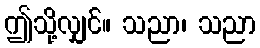
ဤသို့လျှင်။ သညာ၊ သညာ